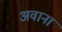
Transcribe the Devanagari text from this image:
अवाना